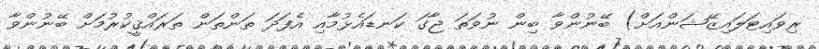
ރިވައިޓަލައިޒޭޝަންއަށް) ބޭނުންވާ ބިން ނުވަތަ ޖާގަ ކަނޑައެޅުމާއި އެފަދަ ތަންތަން ތަރައްޤީކުރުމަށް ބޭނުންވާ